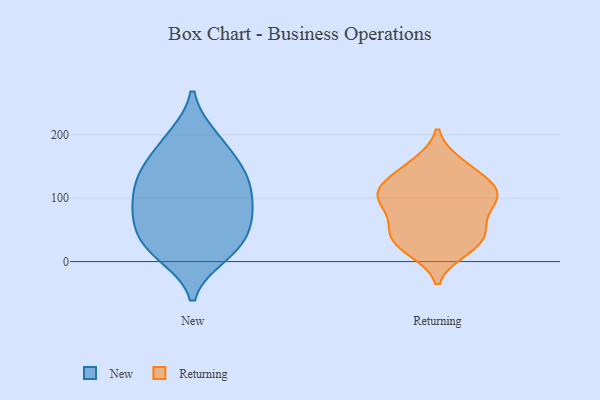
{"axis": {"x": "Demand Index", "y": "Value"}, "legend": ["New", "Returning"], "data": [{"x": "", "y": 16, "type": "New"}, {"x": "", "y": 10, "type": "New"}, {"x": "", "y": 27, "type": "New"}, {"x": "", "y": 86, "type": "New"}, {"x": "", "y": 54, "type": "New"}, {"x": "", "y": 21, "type": "New"}, {"x": "", "y": 85, "type": "New"}, {"x": "", "y": 196, "type": "New"}, {"x": "", "y": 121, "type": "New"}, {"x": "", "y": 119, "type": "New"}, {"x": "", "y": 138, "type": "New"}, {"x": "", "y": 84, "type": "New"}, {"x": "", "y": 138, "type": "New"}, {"x": "", "y": 75, "type": "New"}, {"x": "", "y": 50, "type": "New"}, {"x": "", "y": 197, "type": "New"}, {"x": "", "y": 146, "type": "New"}, {"x": "", "y": 166, "type": "New"}, {"x": "", "y": 155, "type": "Returning"}, {"x": "", "y": 23, "type": "Returning"}, {"x": "", "y": 101, "type": "Returning"}, {"x": "", "y": 52, "type": "Returning"}, {"x": "", "y": 106, "type": "Returning"}, {"x": "", "y": 97, "type": "Returning"}, {"x": "", "y": 28, "type": "Returning"}, {"x": "", "y": 139, "type": "Returning"}, {"x": "", "y": 90, "type": "Returning"}, {"x": "", "y": 39, "type": "Returning"}, {"x": "", "y": 116, "type": "Returning"}, {"x": "", "y": 114, "type": "Returning"}, {"x": "", "y": 108, "type": "Returning"}, {"x": "", "y": 149, "type": "Returning"}, {"x": "", "y": 64, "type": "Returning"}, {"x": "", "y": 51, "type": "Returning"}, {"x": "", "y": 18, "type": "Returning"}]}